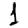
Digit: 1